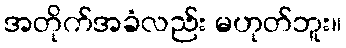
အတိုက်အခံလည်း မဟုတ်ဘူး။